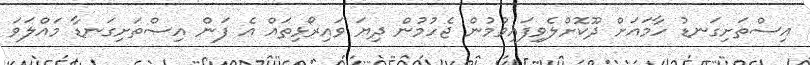
އިސްތަށިގަނޑު ހާމައަށް ދޫކޮށްލެވިފައިވުމުން ޖެހުމުން ދިޔަ ވައިރޯޅިތައް އެ ފަން އިސްތަށިގަނޑާ މައްލަވަ